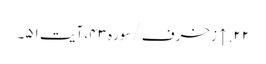
۲۲. ↑ زخرف/سوره۴۳، آیت ۵۱۔